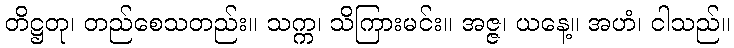
တိဋ္ဌတု၊ တည်စေသတည်း။ သက္က၊ သိကြားမင်း။ အဇ္ဇ၊ ယနေ့။ အဟံ၊ ငါသည်။